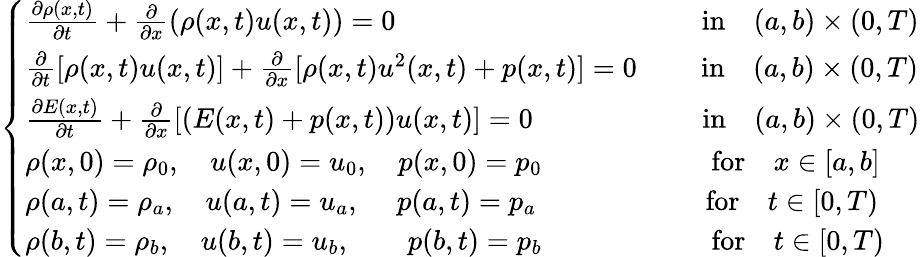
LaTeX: \left\{ \begin{array}{ll}{\frac{\partial\rho(x,t)}{\partial t}+\frac{\partial}{\partial x}(\rho(x,t)u(x,t))=0\; \; \; \qquad\qquad\qquad\qquad\qquad\mathrm{in}\quad(a,b)\times(0,T)}\\ {\frac{\partial}{\partial t}[\rho(x,t)u(x,t)]+\frac{\partial}{\partial x}[\rho(x,t)u^{2}(x,t)+p(x,t)]=0\qquad\; \mathrm{in}\quad(a,b)\times(0,T)}\\ {\frac{\partial E(x,t)}{\partial t}+\frac{\partial}{\partial x}[(E(x,t)+p(x,t))u(x,t)]=0\qquad\qquad\qquad\mathrm{in}\quad(a,b)\times(0,T)}\\ {\rho(x,0)=\rho_{0},\quad u(x,0)=u_{0},\quad p(x,0)=p_{0}\qquad\qquad\qquad\mathrm{for}\quad x\in[a,b]}\\ {\rho(a,t)=\rho_{a},\quad u(a,t)=u_{a},\; \quad p(a,t)=p_{a}\qquad\qquad\quad\quad\mathrm{for}\quad t\in[0,T)}\\ {\rho(b,t)=\rho_{b},\quad u(b,t)=u_{b},\qquad p(b,t)=p_{b}\qquad\qquad\qquad\mathrm{for}\quad t\in[0,T)}\end{array}\right.